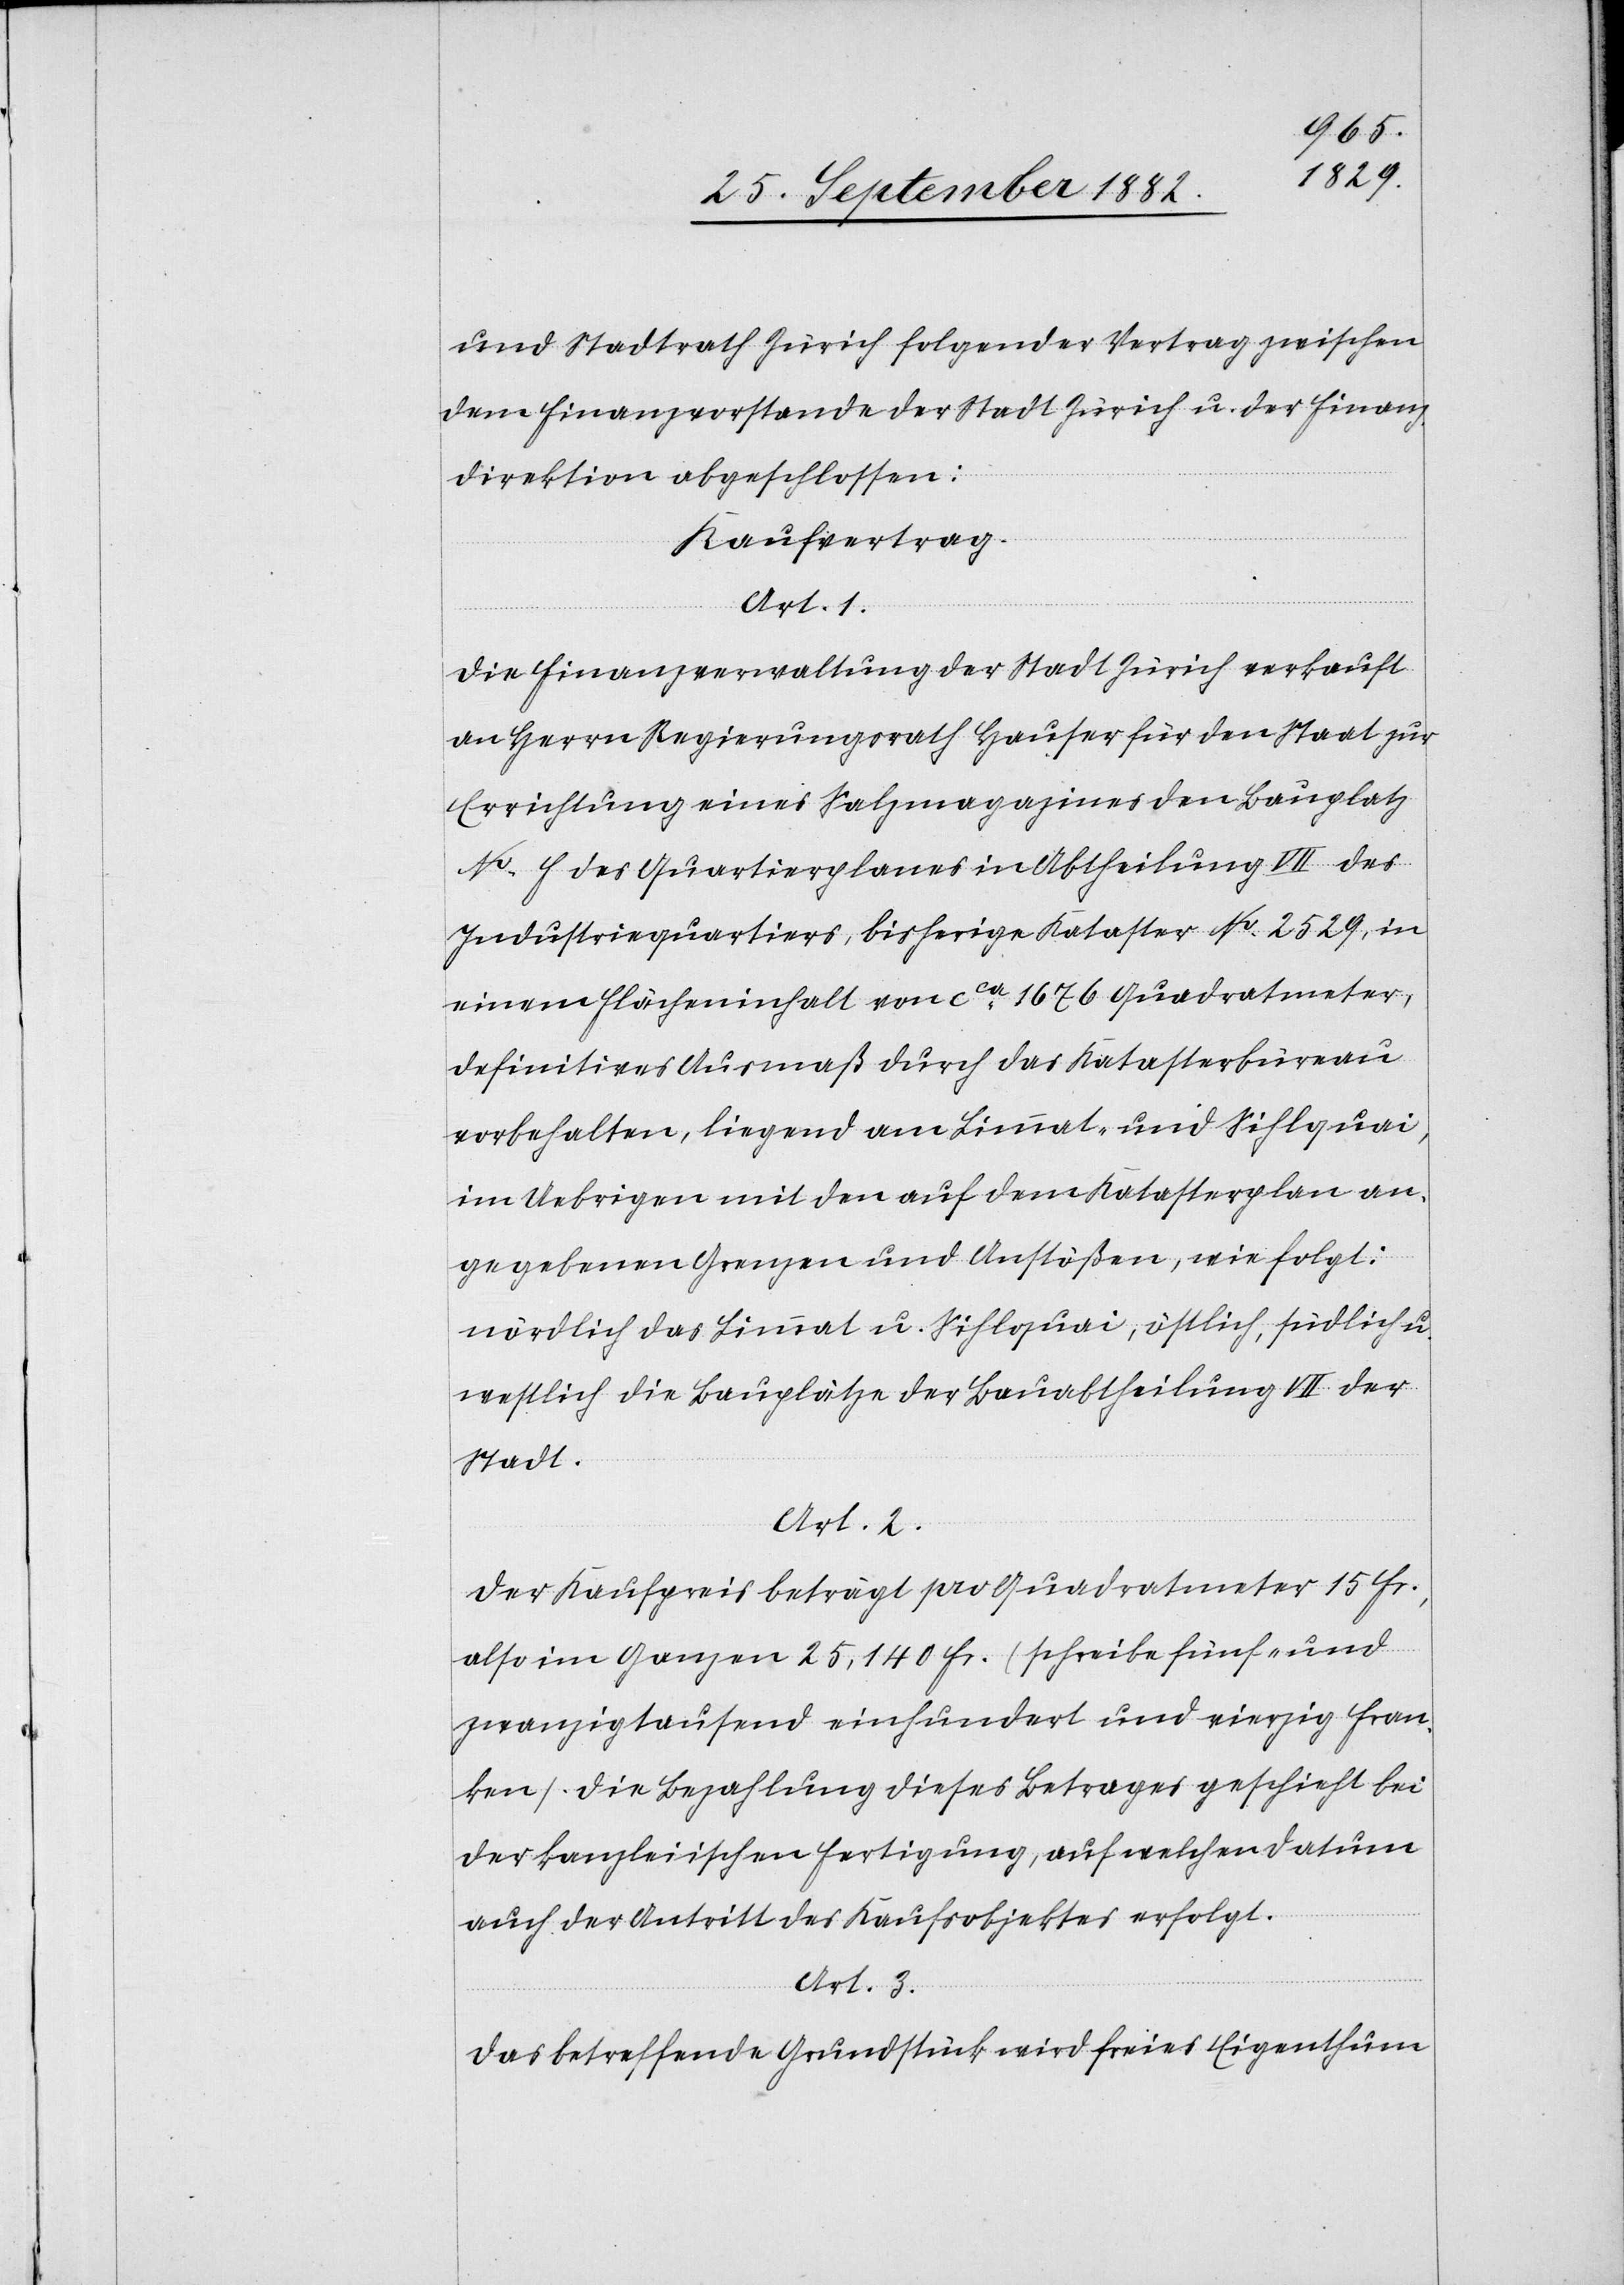
und Stadtrath Zürich folgender Vertrag zwischen
dem Finanzvorstand der Stadt Zürich u. der Finanz¬
direktion abgeschlossen:
Kaufvertrag.
Art. 1.
Die Finanzverwaltung der Stadt Zürich verkauft
an Herrn Regierungsrath Hauser für den Staat zur
Errichtung eine Salzmagazins den Bauplatz
No [F?] des Quartierplanes in Abtheilung VII des
Industriequartiers, bisherige Kataster No 2529, in
einem Flächeninhalt von ca 1676 Quadratmeter,
definitives Ausmaß durch das Katasterbüreau
vorbehalten, liegend am Limmat- und Sihlquai,
im Uebrigen mit den auf dem Katasterplan an¬
gegebenen Grenzen und Anstößen, wie folgt:
nördlich das Limmat[-] u. Sihlquai, östlich, südlich u.
westlich die Bauplätze der Bauabtheilung VII der
Stadt.
Art. 2.
Der Kaufpreis beträgt pro Quadratmeter 15 Fr.,
also im Ganzen 25,140 Fr. (schreibe fünf- und
zwanzigtausend einhundert und vierzig Fran¬
ken). Die Bezahlung dieses Betrages geschieht bei
der kanzleiischen Fertigung, auf welchen Datum
auch der Antritt des Kaufsobjektes erfolgt.
Art. 3.
Das betreffende Grundstück wird freies Eigenthum